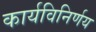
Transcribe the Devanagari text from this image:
कार्यविनिर्णय